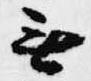
無